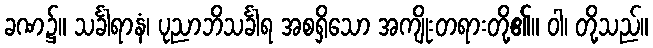
ခဏ၌။ သင်္ခါရာနံ၊ ပုညာဘိသင်္ခါရ အစရှိသော အကျိုးတရားတို့၏။ ဝါ၊ တို့သည်။